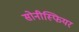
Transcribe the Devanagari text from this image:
सोनीस्फियर